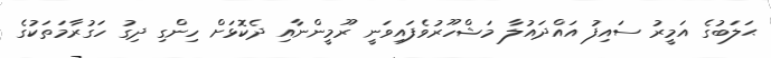
ޙަލަބުގެ އަމީރު ސައިފު އައްދައުލާ މަޝްހޫރުވެފައިވަނީ ރޫމީންނާއި ދެކޮޅަށް ހިންގި ދިގު ހަގުރާމަތަކުގެ